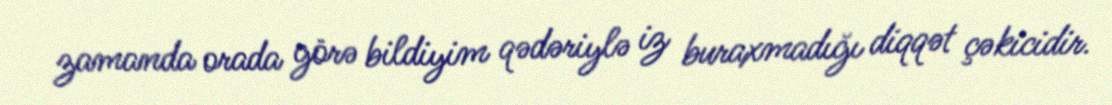
zamanda orada görə bildiyim qədəriylə iz buraxmadığı diqqət çəkicidir.